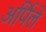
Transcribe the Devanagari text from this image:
अर्पिले